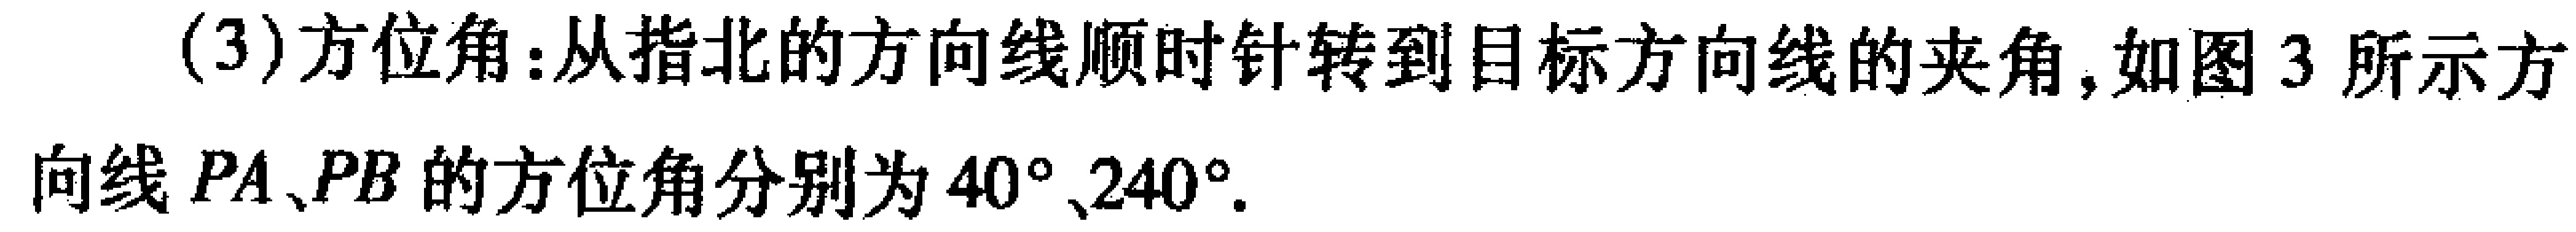
(3)方位角:从指北的方向线顺时针转到目标方向线的夹角,如图3所示方向线 \(PA、PB\) 的方位角分别为 \(40^{\circ}、240^{\circ}\).